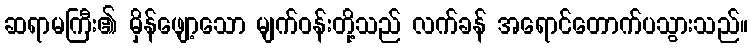
ဆရာမကြီး၏ မှိန်ဖျော့သော မျက်ဝန်းတို့သည် လက်ခန် အရောင်တောက်ပသွားသည်။